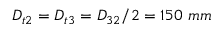
D _ { t 2 } = D _ { t 3 } = D _ { 3 2 } / 2 = 1 5 0 ~ m m